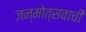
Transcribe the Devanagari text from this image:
जन्मोत्सवाची